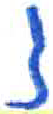
אות: ז